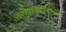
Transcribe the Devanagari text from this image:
आरोपांबद्दलच्या